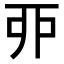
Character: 丣